system: You are a helpful assistant.
user:
Analyze the provided spectrum to determine if it is a **"Cataclysmic Variables (CV)"**.

- **Key Indicators for CV (Check for either state):**
    - **State 1: Quiescent / Low-State (Emission-Dominated)**
        - **(Primary):** Strong and *very broad* Hydrogen Balmer emission lines (e.g., $H\alpha$ at 6563 Å, $H\beta$ at 4861 Å). The 'broadness' (high velocity dispersion, often FWHM > 1000 km/s) is the key diagnostic, indicating a high-velocity accretion disk.
        - **(Secondary):** Broad neutral Helium (He I) emission lines (e.g., 5876 Å, 6678 Å).
        - **(Key Confirmation):** Presence of high-excitation *ionized* Helium (He II) emission at 4686 Å. This is a strong indicator of accretion onto a white dwarf.
        - **(Line Profile):** Emission lines may exhibit a 'double-peaked' profile, which is a classic signature of a rotating accretion disk viewed at high inclination.

    - **State 2: Outburst / High-State (Absorption-Dominated)**
        - **(Primary):** Spectrum is dominated by a bright, blue continuum (looks like a hot star).
        - **(Secondary):** The emission lines from State 1 are weak, absent, or 'filled in', and are replaced by broad, shallow *absorption* lines (primarily Balmer and He I).
        - **(Morphology):** The overall spectrum mimics a hot B/A-type star. The crucial difference is that the absorption lines are significantly broader, shallower, and more 'washed-out' (or 'smeared') than the sharp lines of a normal stellar photosphere, due to high rotational speeds and pressure broadening in the disk.

Think first, call **spectral_visualization_tool** if needed to examine features in detail, then provide your final answer. Your response must adhere to the following strict rules:
1.  **Overall Structure:** Your response must follow the format `<think>...</think> <tool_call>...</tool_call> (if a tool is used) <answer>...</answer>`.
2.  **Tool Usage Constraint:** You may only make **one** tool call per turn.
3.  **Final Answer Format:** In the `<answer>` tag, your conclusion must be inside a `\boxed{}` command (e.g., `\boxed{YES}`), followed by your justification.

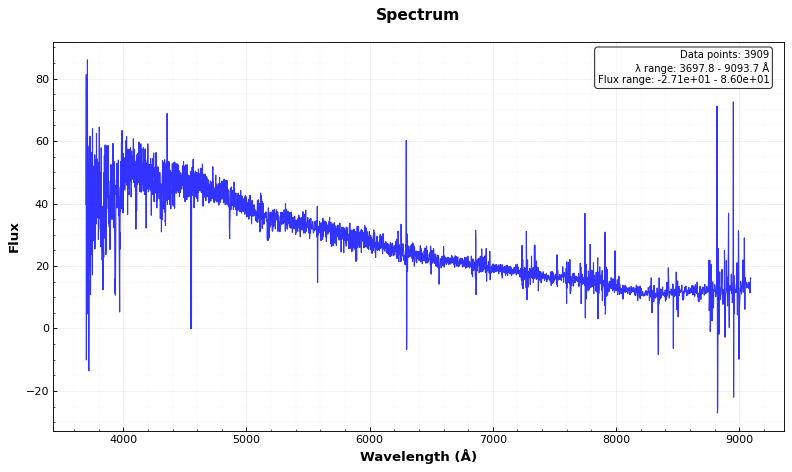
Answer: NO